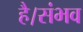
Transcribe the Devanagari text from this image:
है।संभव